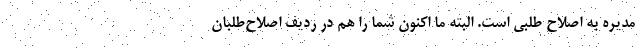
مدیره به اصلاح طلبی است. البته ما اکنون شما را هم در ردیف اصلاح‌طلبان